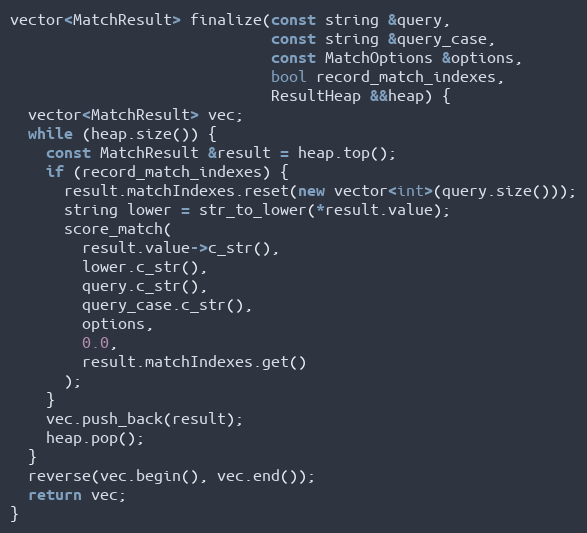
Language: C++
vector<MatchResult> finalize(const string &query,
                             const string &query_case,
                             const MatchOptions &options,
                             bool record_match_indexes,
                             ResultHeap &&heap) {
  vector<MatchResult> vec;
  while (heap.size()) {
    const MatchResult &result = heap.top();
    if (record_match_indexes) {
      result.matchIndexes.reset(new vector<int>(query.size()));
      string lower = str_to_lower(*result.value);
      score_match(
        result.value->c_str(),
        lower.c_str(),
        query.c_str(),
        query_case.c_str(),
        options,
        0.0,
        result.matchIndexes.get()
      );
    }
    vec.push_back(result);
    heap.pop();
  }
  reverse(vec.begin(), vec.end());
  return vec;
}